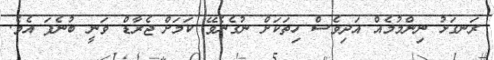
ރަނގަޅު ނިންމުމެއް އަދިވެސް ހިތަކަށް ނުގެނެވޭ ކަމަށް ޖެރާޑް ވަނީ ބުނެފަ އެވެ.